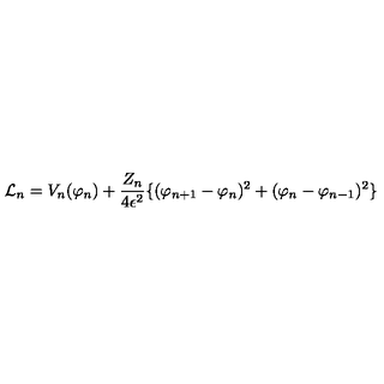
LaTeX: { \cal L } _ { n } = V _ { n } ( \varphi _ { n } ) + \frac { Z _ { n } } { 4 \epsilon ^ { 2 } } \{ ( \varphi _ { n + 1 } - \varphi _ { n } ) ^ { 2 } + ( \varphi _ { n } - \varphi _ { n - 1 } ) ^ { 2 } \}